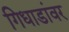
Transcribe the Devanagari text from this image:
गिधाडांवर